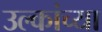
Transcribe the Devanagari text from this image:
उल्कांच्या